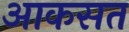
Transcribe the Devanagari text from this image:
आकसत